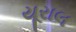
યૂરાલ